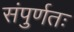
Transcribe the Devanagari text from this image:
संपुर्णतः